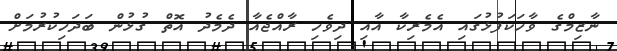
ނާޒިމްގެ ވާހަކަފުޅުގައި އެމެރިކާ އާއި ދިވެހި ރާއްޖެއާ ދެމެދު އޮތް ގުޅުން ބަދަހިކުރުމަށް